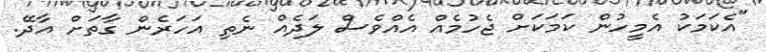
"އެކަމަކު އެމީހުން ކަމަކަށް ޖެހުމެއް އެއްވެސް ލަދެއް ނެތި އަހަރެން ގާތަށް އާދޭ.